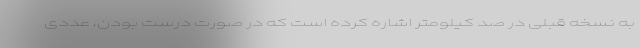
به نسخه قبلی در صد کیلومتر اشاره کرده است که در صورت درست بودن، عددی